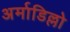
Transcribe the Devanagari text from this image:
अर्माडिल्लो